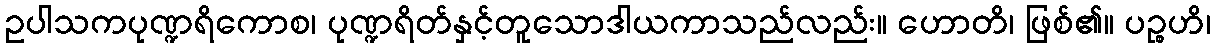
ဥပါသကပုဏ္ဍရိကောစ၊ ပုဏ္ဍရိတ်နှင့်တူသောဒါယကာသည်လည်း။ ဟောတိ၊ ဖြစ်၏။ ပဉ္စဟိ၊